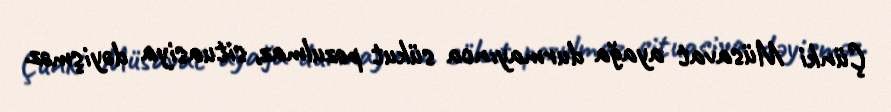
Çünki Müsavat ayağa durmayınca sükut pozulmaz, situasiya dəyişməz.